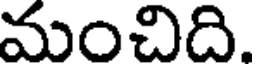
మంచిది.